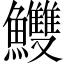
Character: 𩽧